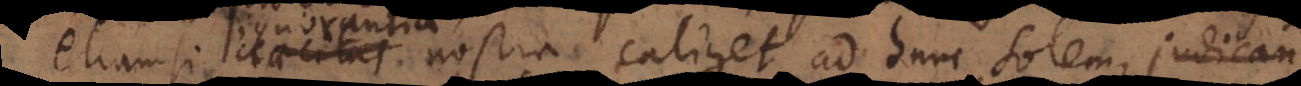
etiamsi caecitas ignorantia nostra caliget ad hunc solem, judicandum